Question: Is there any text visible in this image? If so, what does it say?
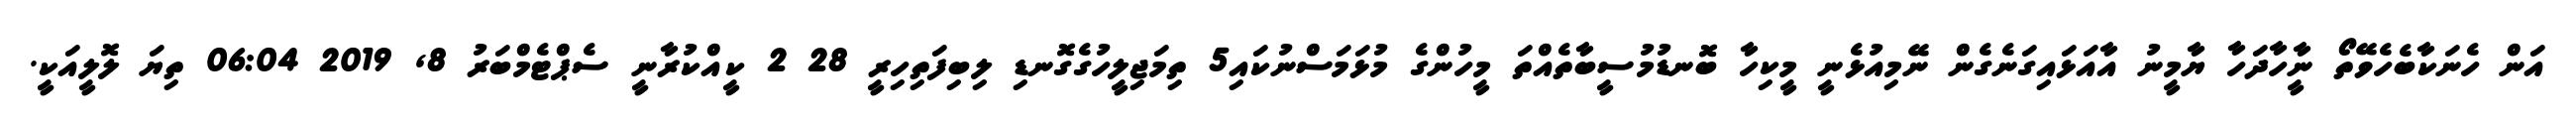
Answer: އަން ހެނަކާބެހެވޭތޯ ނީާހާދަހާ ޔާމީނު އާއަޅައިގަނެގެން ނޭމިއުޅެނީ މީކިހާ ބޮނޑުމުސީބާތެއްތަ މީހުންގެ މުޅަމަސްނުކައި5 ތިމަޖިލީހުގެގޮނޑި ލިބިފަތިހިރީ 28 2 ކީއްކުރާނީ ސެޕްޓެމްބަރު 8, 2019 06:04 ތިޔަ ލޮލީއަކީ.